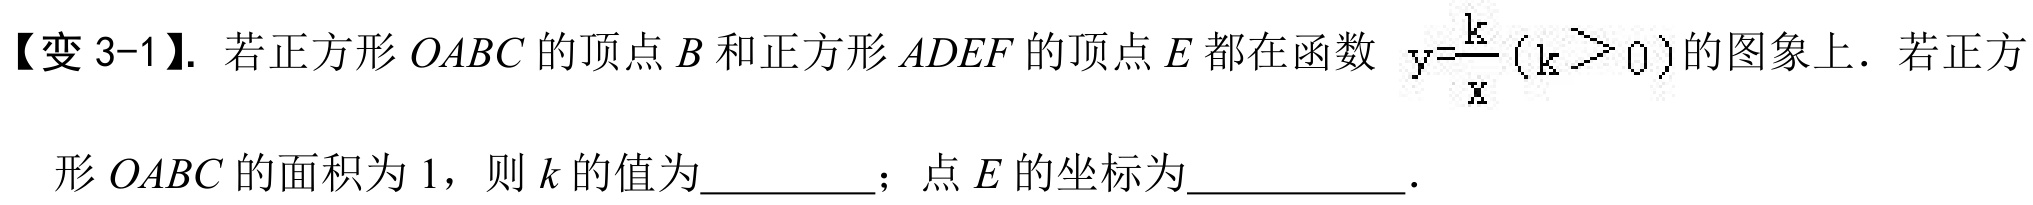
【变 3-1】. 若正方形\(OABC\)的顶点\(B\)和正方形\(ADEF\)的顶点\(E\)都在函数 \(y = \dfrac{k}{x}(k>0)\)的图象上. 若正方形\(OABC\)的面积为\(1\)，则\(k\)的值为  ；点\(E\)的坐标为  ．